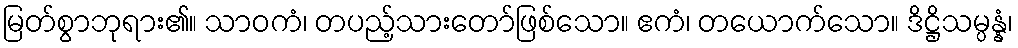
မြတ်စွာဘုရား၏။ သာဝကံ၊ တပည့်သားတော်ဖြစ်သော။ ဧကံ၊ တယောက်သော။ ဒိဋ္ဌိသမ္ပန္နံ၊